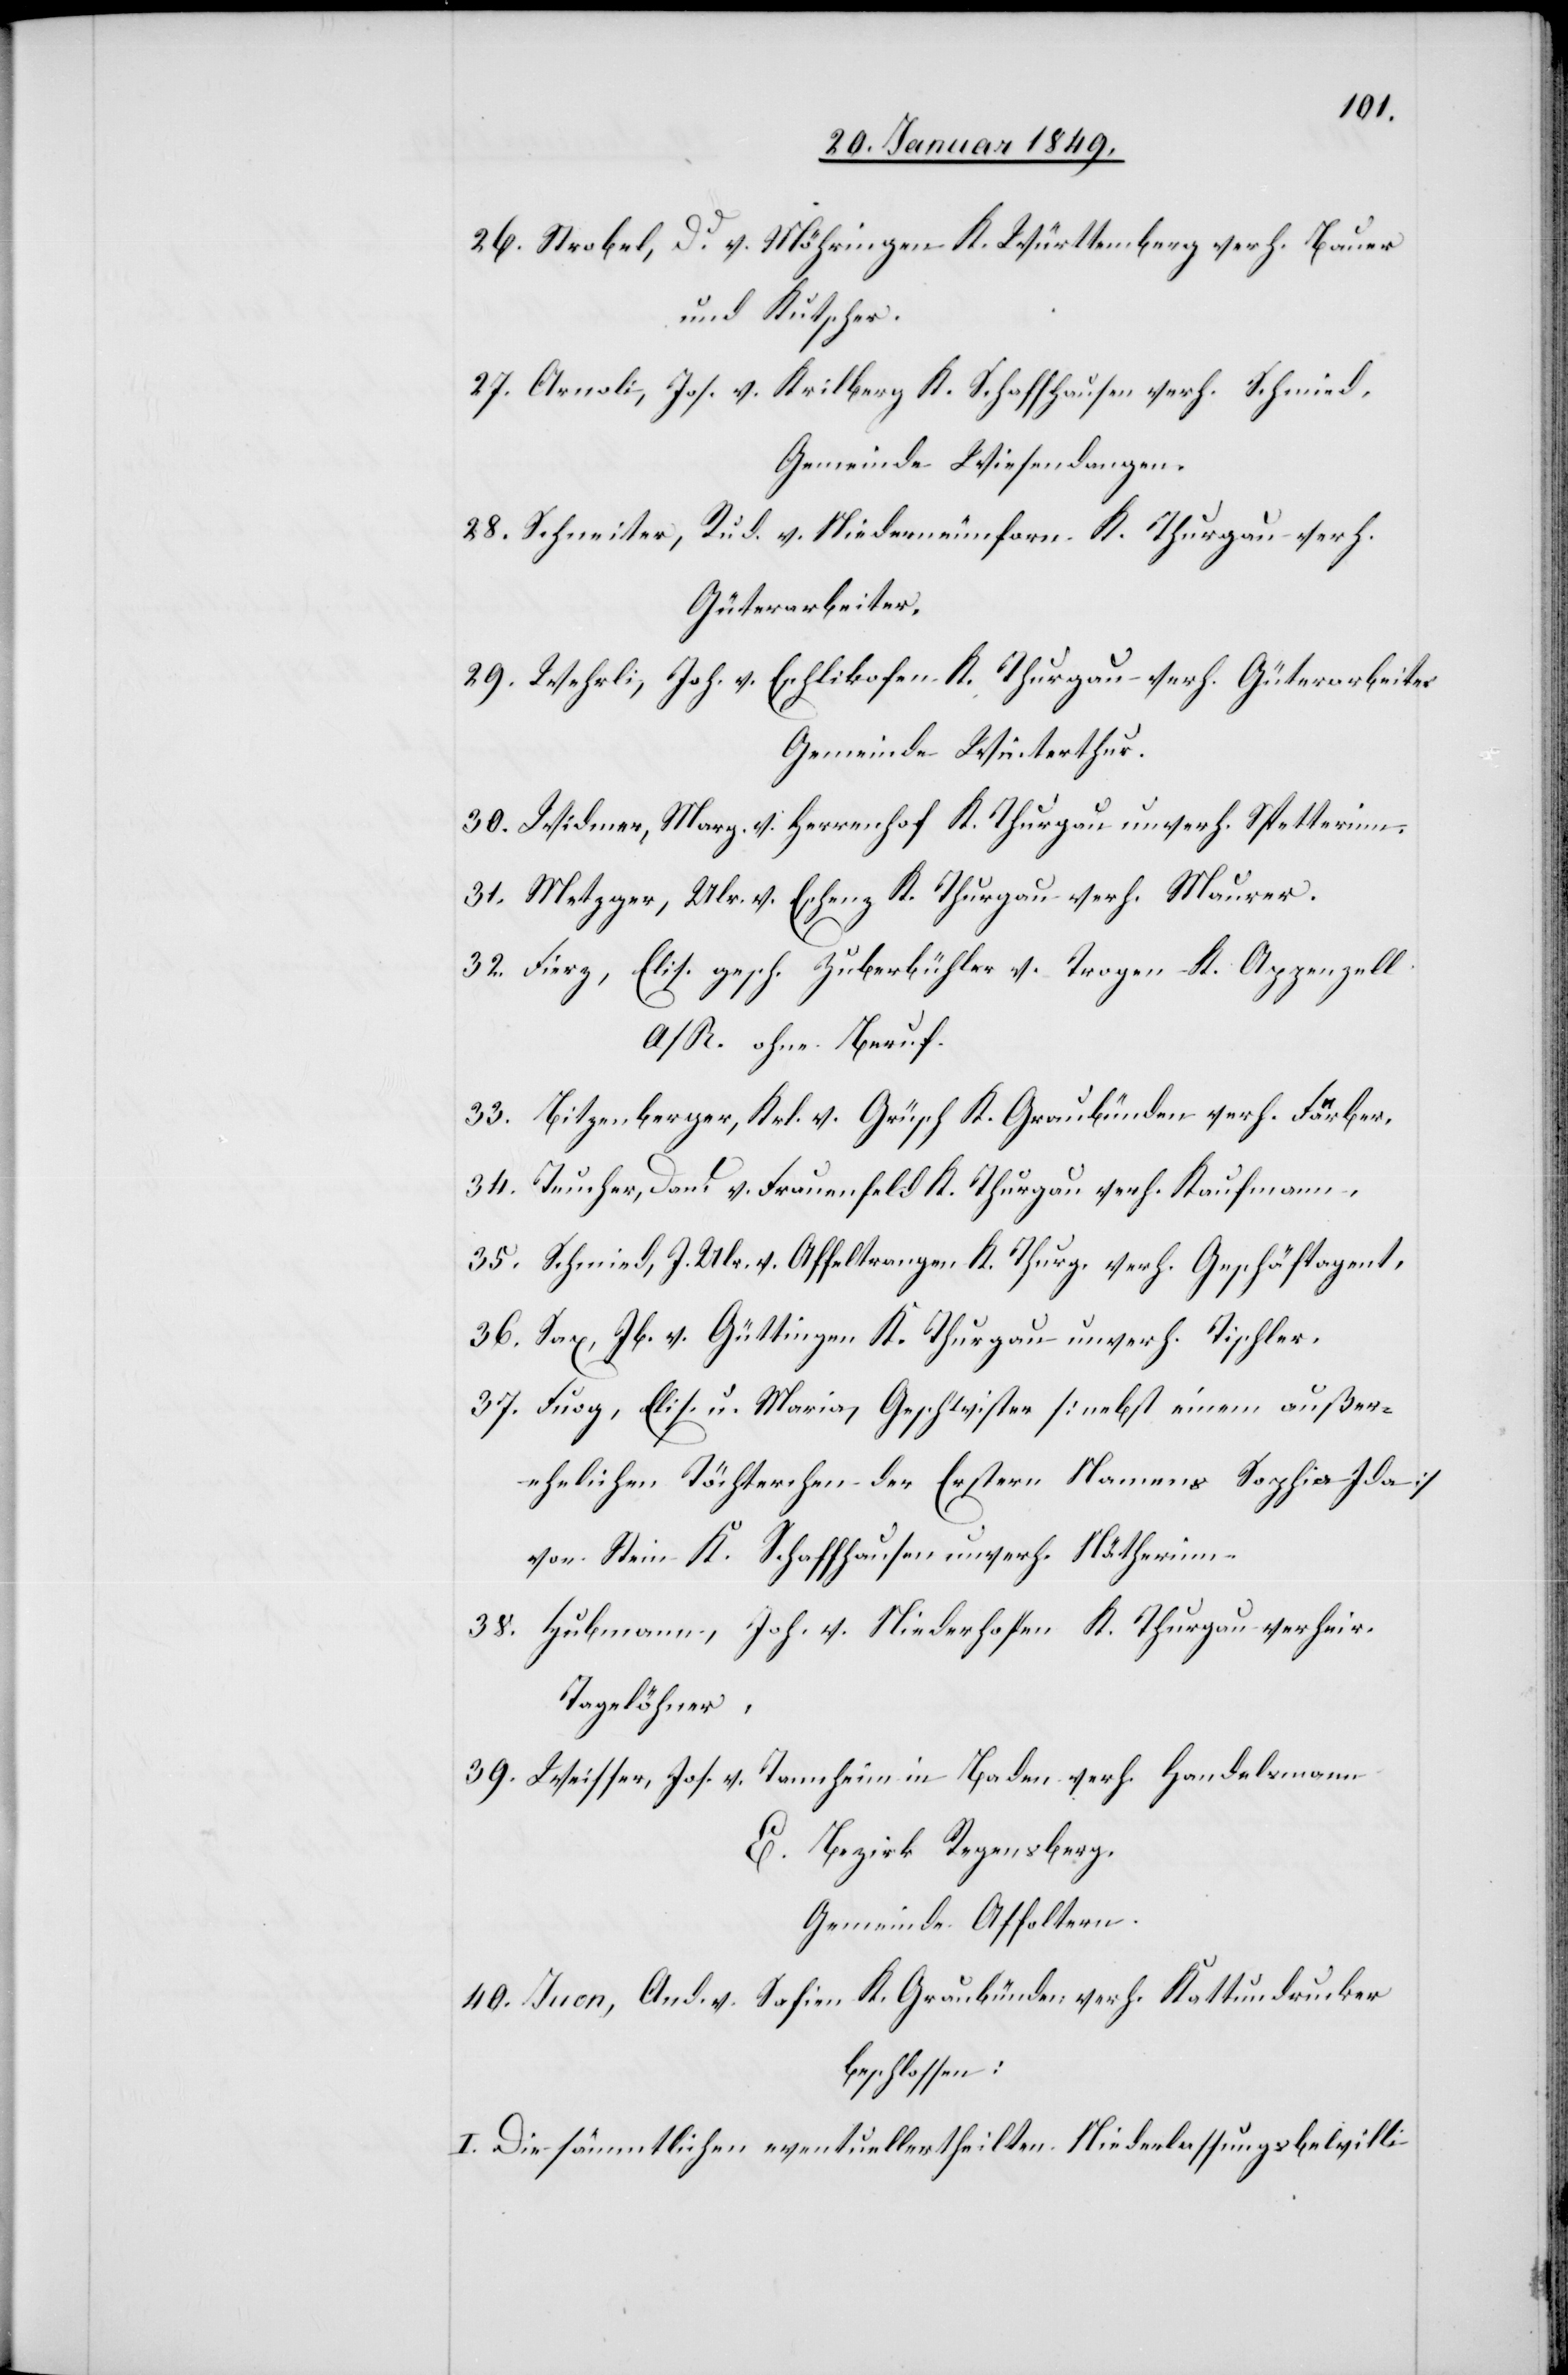
26. Strobel, Dd. v. Möhringen K. Württemberg verh. Bauer
und Kutscher.
27. Arnoli, Jos. v. Krilberg K. Schaffhausen verh. Schmied
Gemeinde Wiesendangen.
28. Schneiter, Rud. v. Niederneunforn K. Thurgau verh.
Güterarbeiter.
29. Wehrli, Joh. v. Eschlikofen K. Thurgau verh. Güterarbeiter
Gemeinde Winterthur.
30. Widmer, Marg. v. Herrenhof K. Thurgau unverh. Spetterinn.
31. Metzger, Ulr. v. Eschenz K. Thurgau verh. Maurer.
32. Fierz, Elis. gesch. Zuberbühler v. Trogen K. Appenzell
A/R. ohne Beruf.
33. Bitzenberger, Krl. v. Grüsch K. Graubünden verh. Färber.
34. Teucher, Dan[?] v. Frauenfeld K. Thurgau verh. Kaufmann,
35. Schmied, J. Ulr. v. Affeltrangen K. Thurg. verh. Geschäftsagent,
36. Sax, Jb. v. Güttingen K. Thurgau unverh. Tischler,
37. Fuog; Elis. u. Maria, Geschwister [nebst einem außer¬
ehelichen Töchterchen der Erstern Namens Sophia Ida]
von Stein K. Schaffhausen unverh. Nätherinn.
38. Hubmann, Joh. v. Niederhofen K. Thurgau verheir.
Tagelöhner,
39. Weisser, Jos. v. Tannheim in Baden verh. Handelsmann
E. Bezirk Regensberg.
Gemeinde Affoltern.
40. Juon, And. v. Safien K. Graubünden verh. Kattundrucker
beschlossen:
I. Die sämmtlichen eventuellertheilten Niederlassungsbewilli-